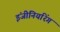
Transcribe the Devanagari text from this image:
इंजीनियरिंग